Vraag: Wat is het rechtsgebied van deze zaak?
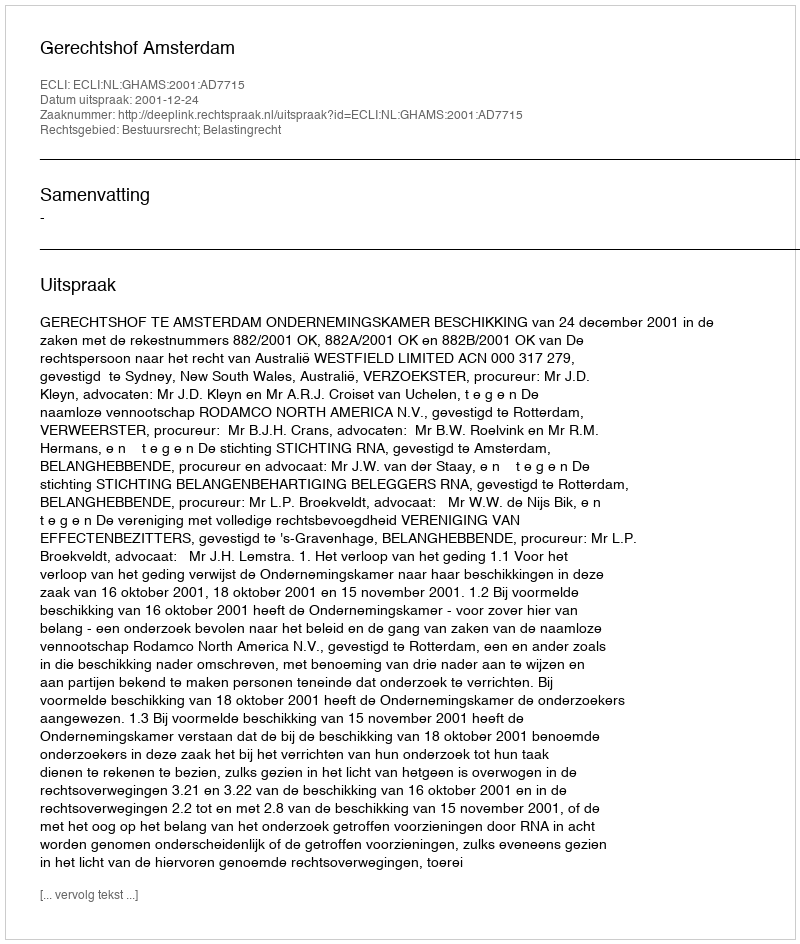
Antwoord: Bestuursrecht; Belastingrecht